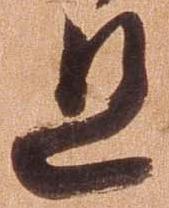
且